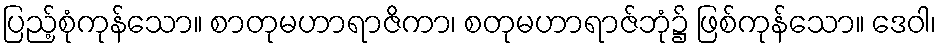
ပြည့်စုံကုန်သော။ စာတုမဟာရာဇိကာ၊ စတုမဟာရာဇ်ဘုံ၌ ဖြစ်ကုန်သော။ ဒေဝါ၊